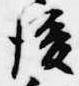
後